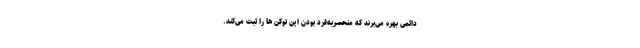
دائمی بهره می‌برند که منحصربه‌فرد بودن این توکن ها را ثبت می‌کند.